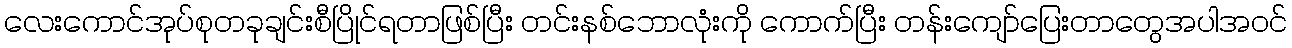
လေးကောင်အုပ်စုတခုချင်းစီပြိုင်ရတာဖြစ်ပြီး တင်းနစ်ဘောလုံးကို ကောက်ပြီး တန်းကျော်ပြေးတာတွေအပါအဝင်